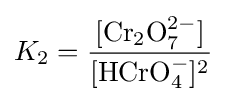
K_{2}={\frac {[\mathrm {Cr_{2}O_{7}^{2-}} ]}{[\mathrm {HCrO_{4}^{-}} ]^{2}}}